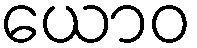
ယောဝ